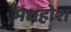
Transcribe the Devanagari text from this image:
मधहोश